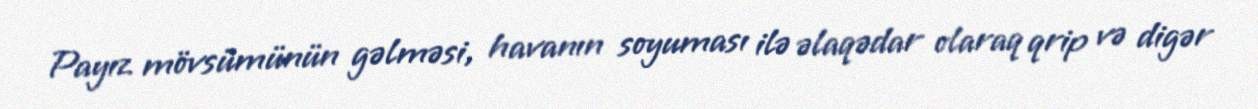
Payız mövsümünün gəlməsi, havanın soyuması ilə əlaqədar olaraq qrip və digər